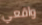
واقعي